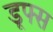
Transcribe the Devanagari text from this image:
डूफ्स